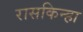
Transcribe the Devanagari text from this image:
रासकिन्हा